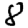
Digit: 8